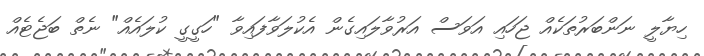
ހިޔާލީ ނަންބަރުތަކެއް ޖަހައި އަވަސް އަރުވާލައިގެން އެކުލަވާފައިވާ "ހަގީގީ ކުލައެއް" ނެތް ބަޖެޓެއް